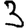
Digit: 3